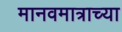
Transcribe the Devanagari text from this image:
मानवमात्राच्या